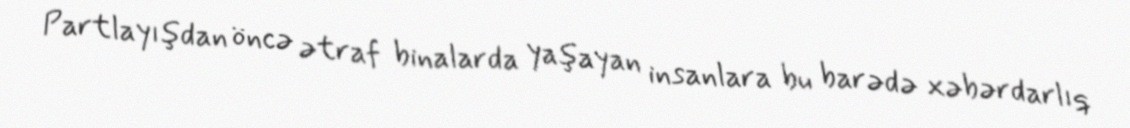
Partlayışdan öncə ətraf binalarda yaşayan insanlara bu barədə xəbərdarlıq